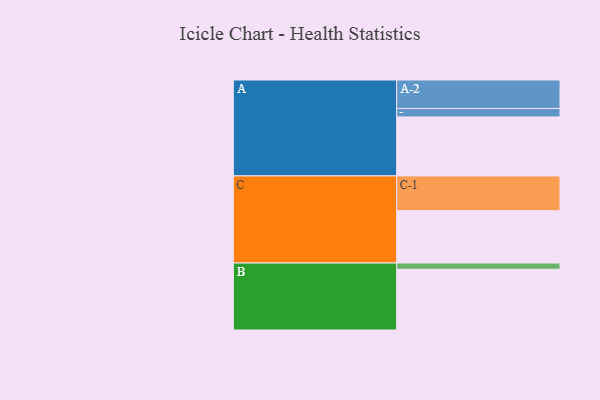
{"axis": {"x": "Segment", "y": "Value"}, "legend": ["", "A", "B", "C"], "data": [{"x": "A", "y": 483, "type": ""}, {"x": "B", "y": 497, "type": ""}, {"x": "C", "y": 428, "type": ""}, {"x": "A-1", "y": 69, "type": "A"}, {"x": "A-2", "y": 233, "type": "A"}, {"x": "B-1", "y": 51, "type": "B"}, {"x": "C-1", "y": 285, "type": "C"}]}